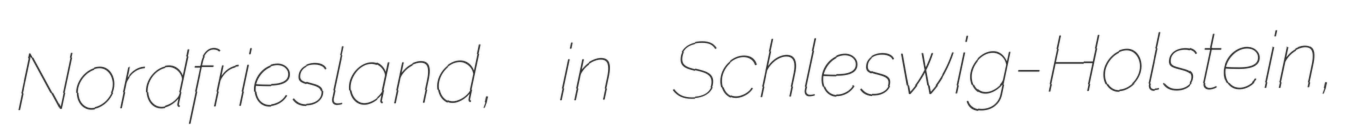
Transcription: Nordfriesland, in Schleswig-Holstein,